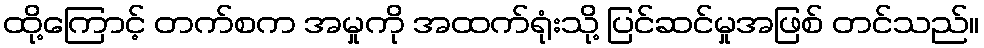
ထို့ကြောင့် တက်စက အမှုကို အထက်ရုံးသို့ ပြင်ဆင်မှုအဖြစ် တင်သည်။